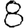
Digit: 8